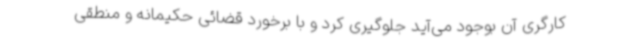
کارگری آن بوجود می‌آید جلوگیری کرد و با برخورد قضائی حکیمانه و منطقی